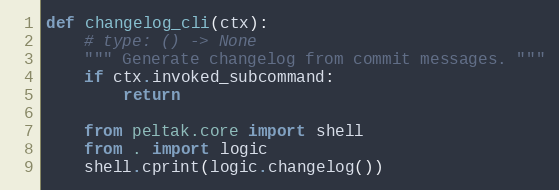
Language: Python
def changelog_cli(ctx):
    # type: () -> None
    """ Generate changelog from commit messages. """
    if ctx.invoked_subcommand:
        return

    from peltak.core import shell
    from . import logic
    shell.cprint(logic.changelog())